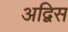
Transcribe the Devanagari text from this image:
अद्विस